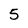
Character: 5